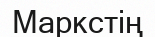
Маркстің